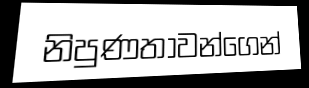
නිපුණතාවන්ගෙන්